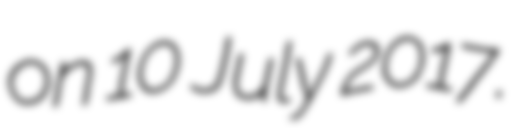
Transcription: on 10 July 2017.